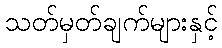
သတ်မှတ်ချက်များနှင့်